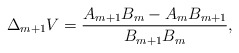
\begin{align*} \Delta_{m+1}V=\frac{A_{m+1}B_m-A_mB_{m+1}}{B_{m+1}B_m},\end{align*}